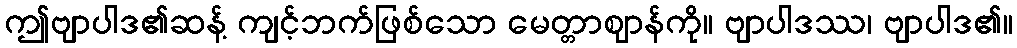
ဤဗျာပါဒ၏ဆန့် ကျင့်ဘက်ဖြစ်သော မေတ္တာဈာန်ကို။ ဗျာပါဒဿ၊ ဗျာပါဒ၏။